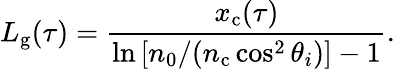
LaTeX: L_{\mathrm{g}}(\tau)=\frac{x_{\mathrm{c}}(\tau)}{\ln\left[n_{0}/(n_{\mathrm{c}}\cos^{2}\theta_{i})\right]-1}.